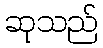
ဆုသည်